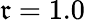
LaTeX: \mathfrak{r}=1.0